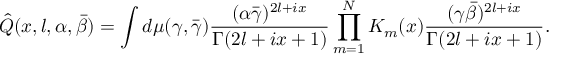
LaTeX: \hat { Q } ( x , l , \alpha , \bar { \beta } ) = \int d \mu ( \gamma , \bar { \gamma } ) \frac { ( \alpha \bar { \gamma } ) ^ { 2 l + i x } } { \Gamma ( 2 l + i x + 1 ) } \prod _ { m = 1 } ^ { N } K _ { m } ( x ) \frac { ( \gamma \bar { \beta } ) ^ { 2 l + i x } } { \Gamma ( 2 l + i x + 1 ) } .